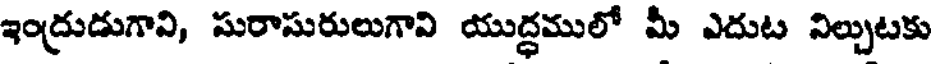
ఇంద్రుడుగావి, సురాసురులుగావి యుద్ధములో మీ ఎదుట నిల్చుటకు